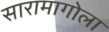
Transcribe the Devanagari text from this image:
सारामागोला